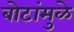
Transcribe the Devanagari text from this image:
बोटांमुळे